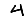
Digit: 4